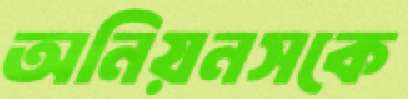
অনিয়নসকে